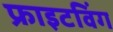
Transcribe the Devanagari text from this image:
फ्राइटविंग